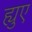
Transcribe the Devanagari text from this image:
ह्युए